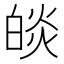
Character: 𤾃